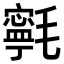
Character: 㲰